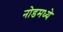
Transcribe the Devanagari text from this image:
नोडमध्ये